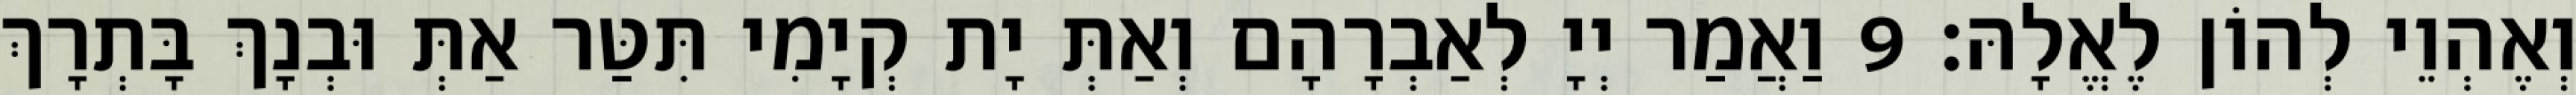
וְאֶהְוֵי לְהוֹן לֶאֱלָהּ׃ 9 וַאֲמַר יְיָ לְאַבְרָהָם וְאַתְּ יָת קְיָמִי תִּטַּר אַתְּ וּבְנָךְ בָּתְרָךְ